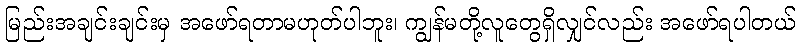
မြည်းအချင်းချင်းမှ အဖော်ရတာမဟုတ်ပါဘူး၊ ကျွန်မတို့လူတွေရှိလျှင်လည်း အဖော်ရပါတယ်